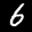
Label: 6